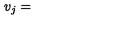
v _ { j } =